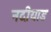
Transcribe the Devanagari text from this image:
नदीयाड